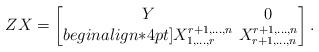
LaTeX: \begin{align*}\arraycolsep=2ptZ X=\left[\begin{matrix}Y & 0 \\begin{align*}4pt]X^{r+1,\ldots,n}_{1,\ldots,r} & X^{r+1,\ldots,n}_{r+1,\ldots,n}\end{matrix}\right]. \end{align*}